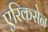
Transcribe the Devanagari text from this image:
एरिकसेन